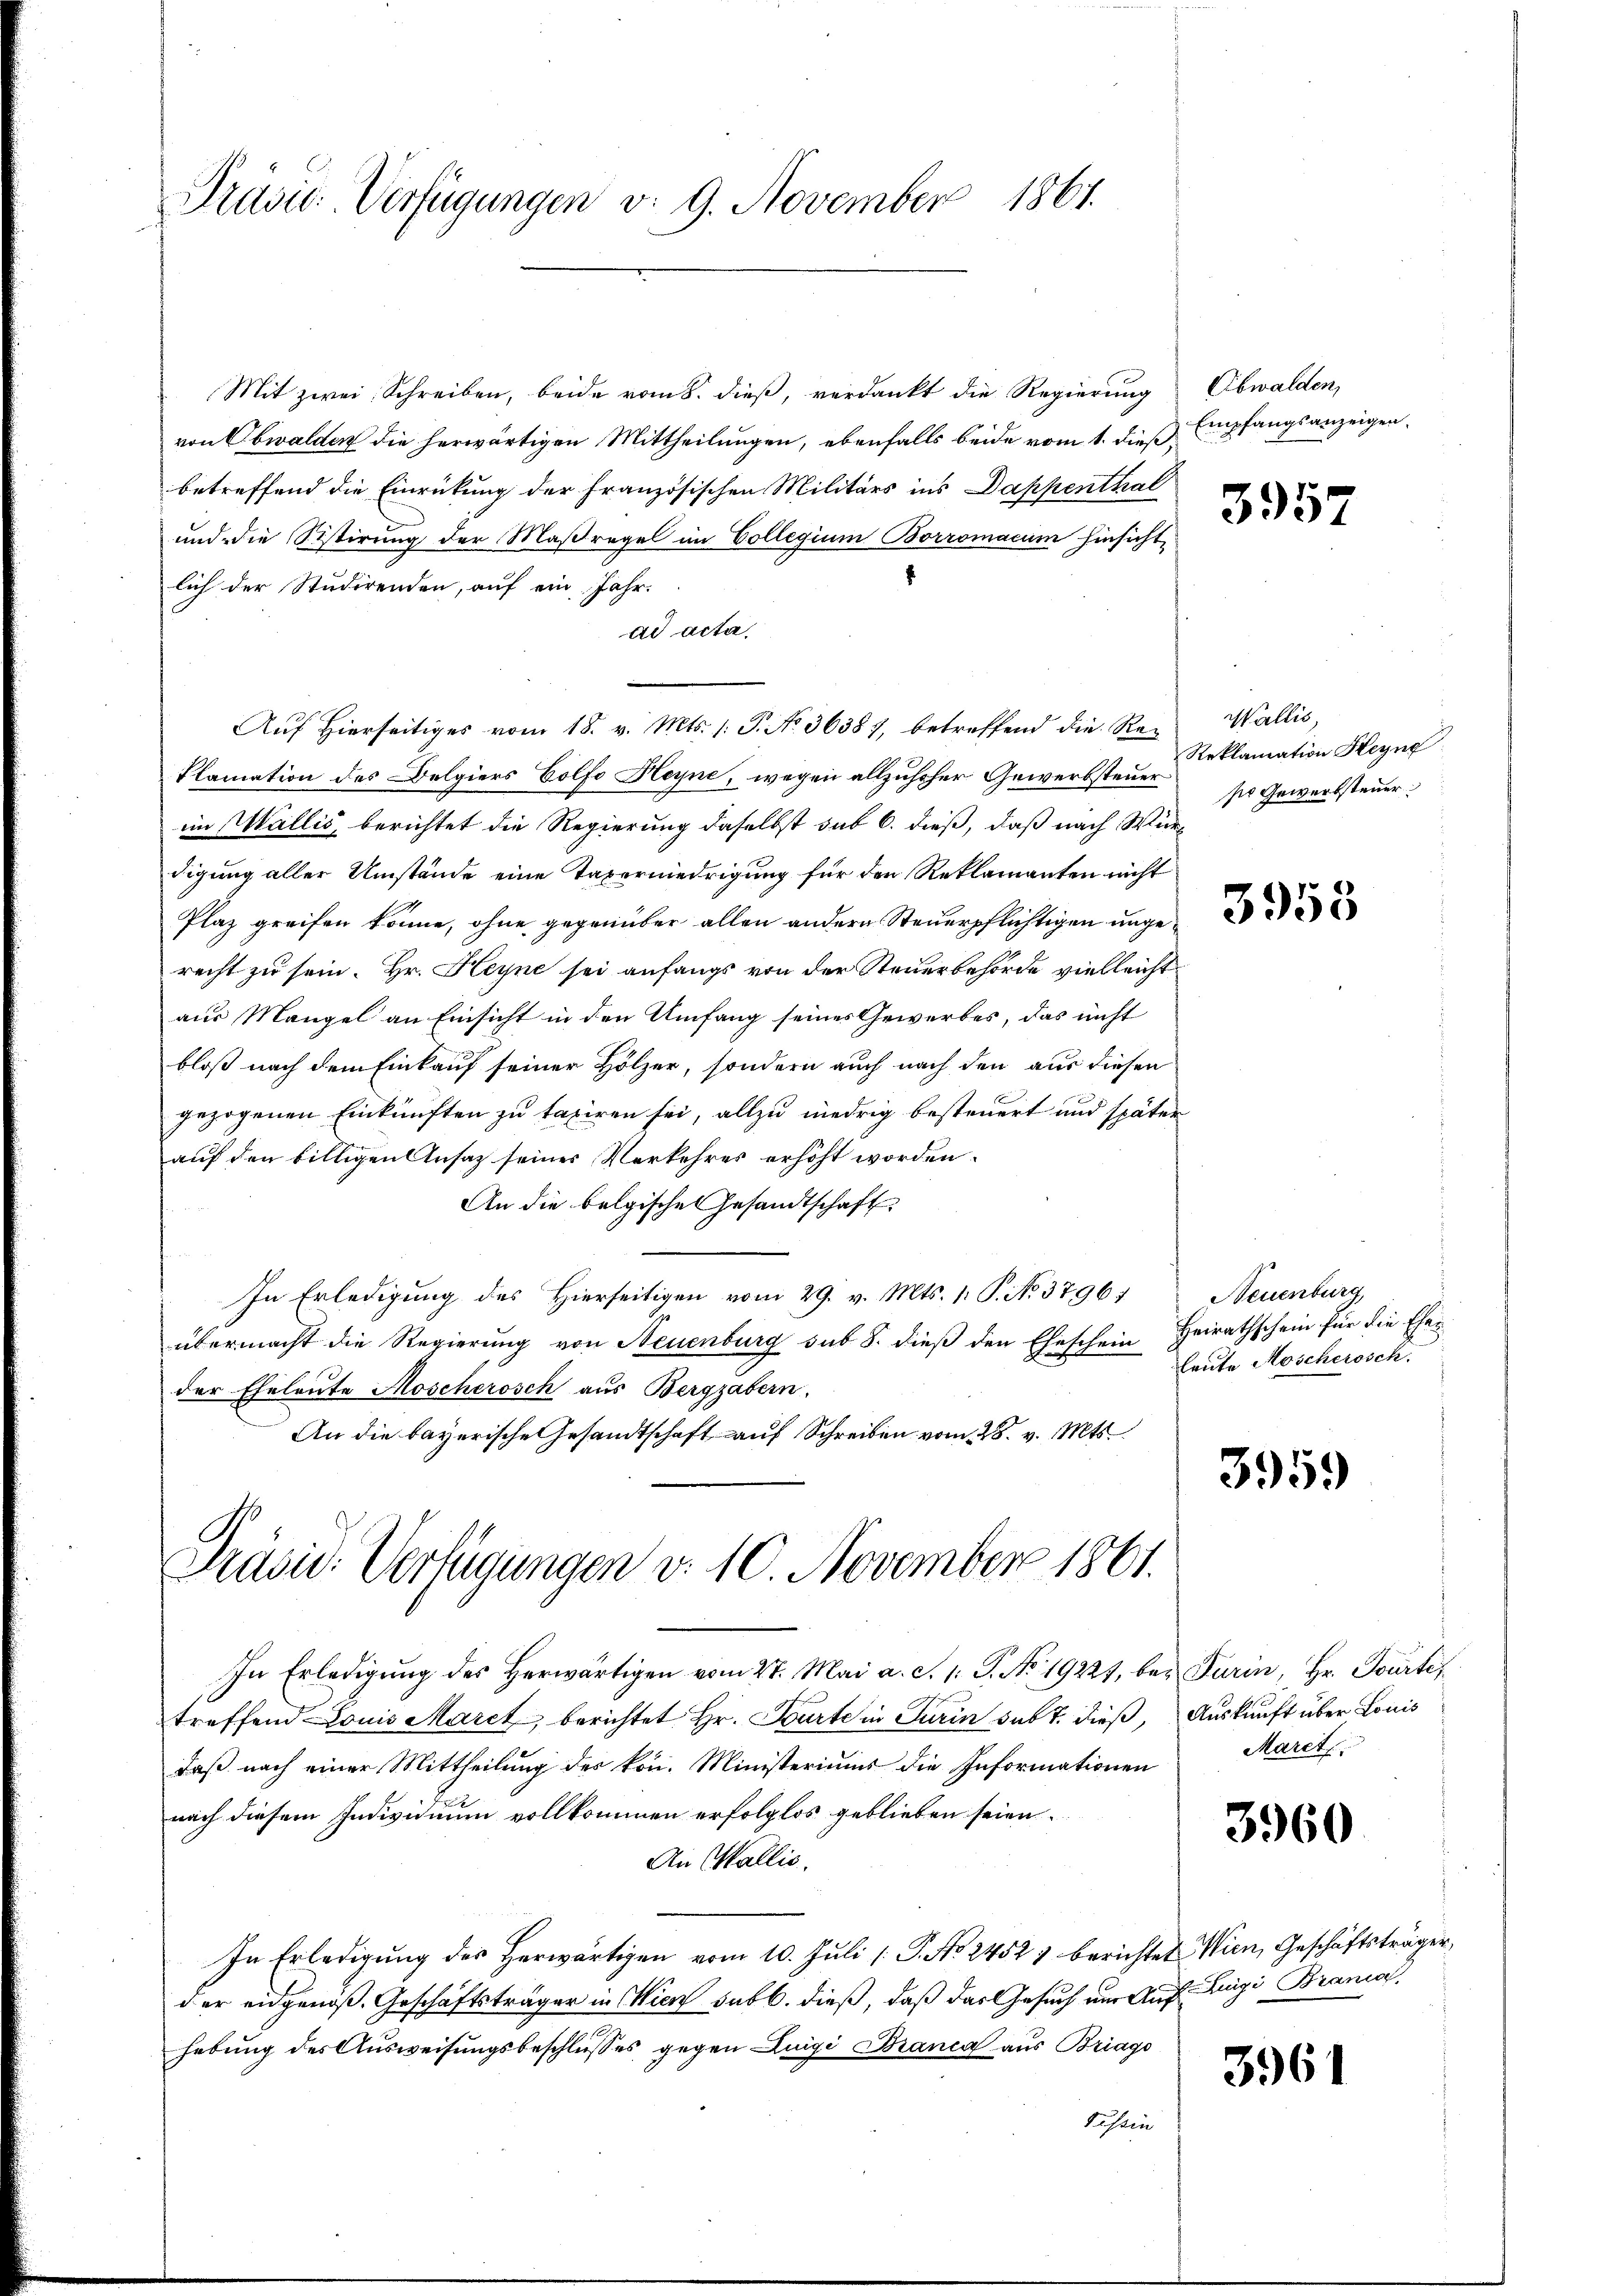
Präsid-Verfügungen v. 9. November 1864.

Mit zwei Schreiben, beide vom 8. dieß, verdankt die Regierung Obwalden,
von Obwalden die herwärtigen Mittheilungen, ebenfalls beide vom 1. dieß,
betreffend die Einrückung der französischen Militärs ins Dappenthal
und die Sistirung der Maßregel im Collegium Borromacum hinsicht,
lich der Studirenden, auf ein Jahr.
ad acta.
Auf Hierseitiges vom 18. v. Mts. /: P. No. 36387, betreffend die Re¬
Plamation des Belgiers Golfo Heyne, wegen allzuseher Gewerbsteuerim Wallis, berichtet die Regierung daselbst sub 6. dieß, daß nach Würdigung aller Umstände eine Taverniedrigung für den Reklamanten nicht
Plaz greifen könne, ohne gegenüber allen andern Steuerpflichtigen unge
recht zu sein. Hr. Heyne sei anfangs von der Steuerbehörde vielleicht
aus Mangel an Einsicht in den Umfang seines Gewerbes, das nicht
bloß nach dem Einkauf seiner Hölzer, sondern auch nach den aus diesen
gezogenen Einkünften zu taxiren sei, allzu niedrig besteuert und später
auf den billigen Ansatz seines Verkehres erhöht worden.
An die belgische Gesandtschaft
In Erledigung des Hierseitigen vom 29. v. Mts. 1. P. No. 3796 f
übermacht die Regierung von Neuenburg sub 8. dieß den Eheschein Heirathschein für die Ehen
der Eheleute Moscherosch aus Berggabern.
An die bayerische Gesandtschaft auf Schreiben vom 28. v. Mts.

Präsid. Verfügungen v. 10. November 1861.

Empfangsanzeigen.

In Erledigŭng des herwärtigen vom 27. Mai a. c. 1. G. No. 19221, bei Turin, Hr. Pourte
treffend Louis Marck berichtet Hr. Parte in Turin sub 7. dieß, Auskunft über Louis
daß nach einer Mittheilung des kön. Ministeriums die Informationen
nach diesem Individuum vollkommen erfolglos geblieben seien.
An Wallis.
In Erledigung des Herwärtigen vom 10. Juli [ P. No 2452) berichtet Wien, Geschäftsträger,
der eidgenoß. Geschäftsträger in Wien sub b. dieß, daß das Gesuch um Aufhebung des Ausweisungsbeschlusses gegen Luigi Branca aus Briago
Tessin

3957

Wallis,
Reklamation Heyn
se Gewerbsteuer

Neuenburg,
leute Moschersch

3959

Maret

3960

Luigi Brania.

3961